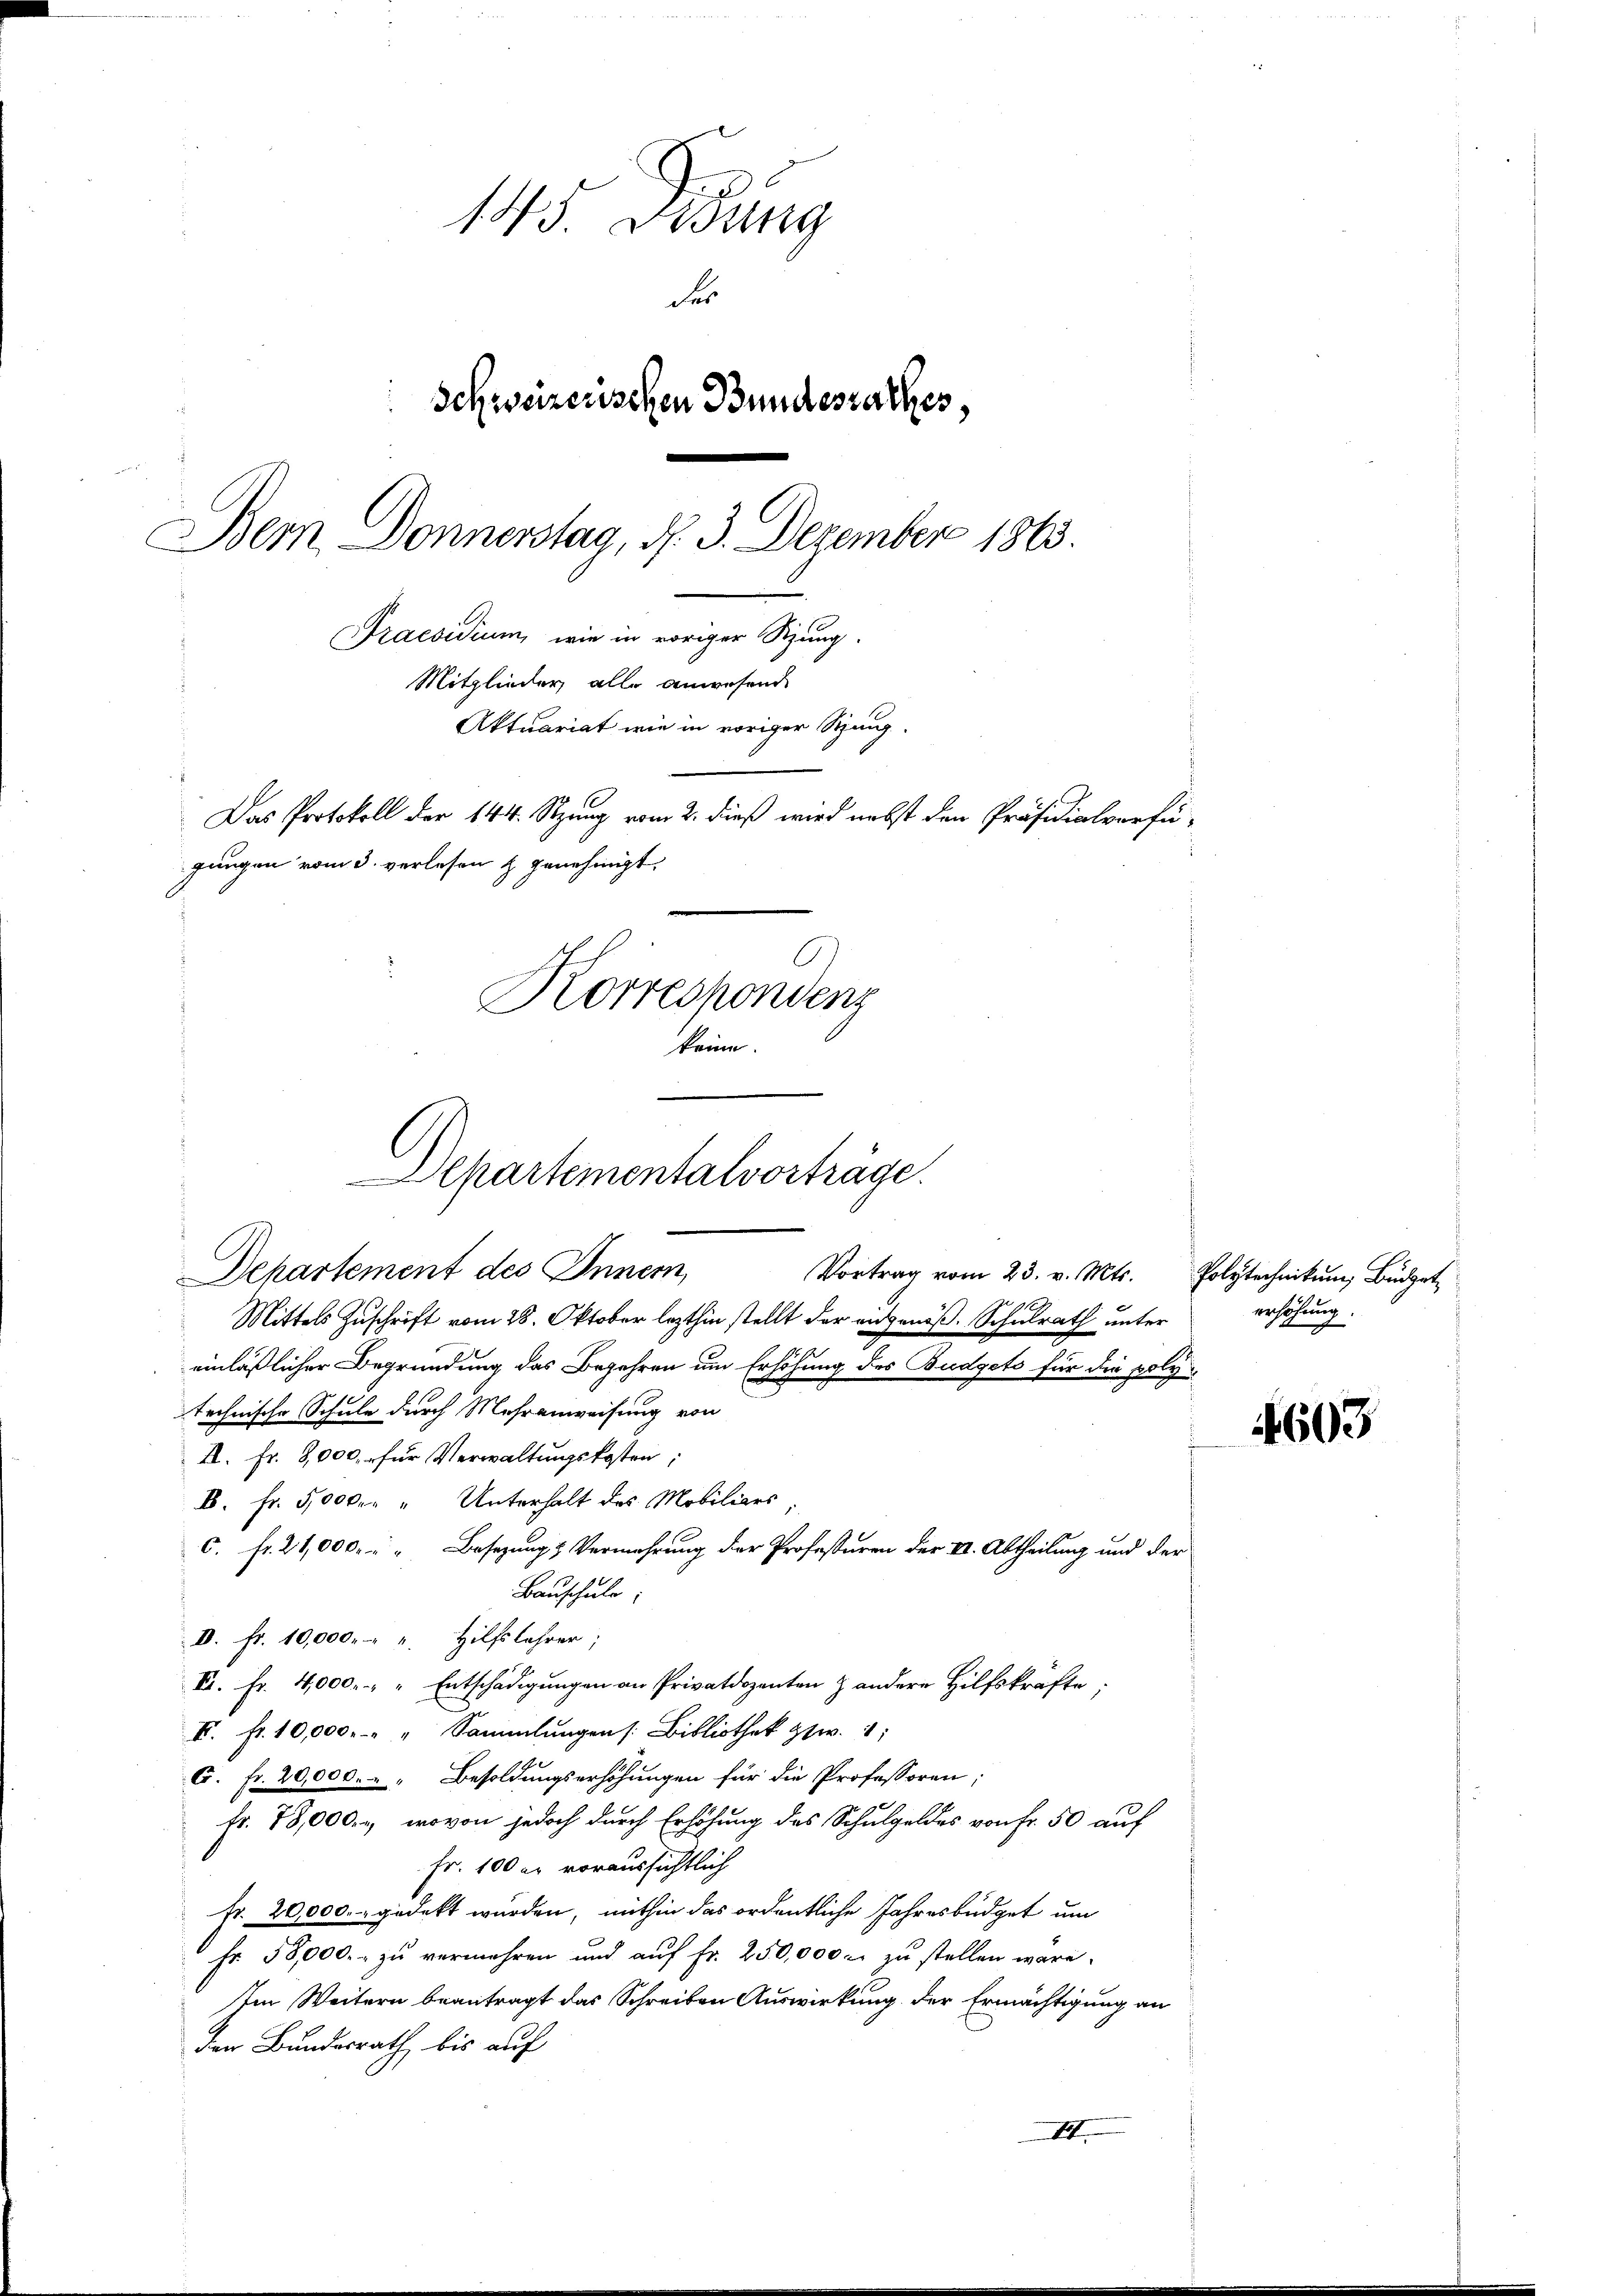
15. Jung
des
Schweizerischen Bundesrathes
Praesidium, wie in voriger Sitzung.
Mitglieder alle anwesend
Aktuariat wie in voriger Sitzung
Das Protokoll der 144. Stzung vom 2. dieß wird nebst den Präsidialverfügungen vom 3. verlesen & genehmigt.
O
Korrespondenz
keine.

Bern Donnerstag, d. 3. Dezember 1863.

Departementalverträge.

Departement des Inner,
Vortrag vom 23. v. Mts. Polytechnikum, Budget¬
Mittels Zuschrift vom 28. Oktober lezthin stellt der angenöß. Schulrath unter
einläßlicher Begründung das Begehren um Erhöhung des Budgets für die polytechnische Schule durch Mehranweisung von
I. fr. 8,000. für Verwaltungskosten
B. Fr. 5000. Unterhalt des Mobiliars
c. fr. 21,000 " " Besetzung & Vermehrung der Professuren der VII. Abtheilung und der
Bauschule
d. fr. 10,000. - " Hilfslehrer;
VI. Fr. 4,000. " " Entschädigungen an Privatdozenten & andere Hilfskräfte;
I. fr. 10,000. " " Sammlungen /: Bibliothek zzw. 1;
G. fr. 20,000. - " Besoldungserhöhungen für die Professoren;
fr. 78,000. - wovon jedoch durch Erhöhung des Schulgeldes von Fr. 50 auf
Fr. 100 er voraussichtlich
fr. 20,000.- gedekt wurden, mithin das ordentliche Jahresbüdget um
Fr. 58,000.- zu vermehren und auf fr. 250,000. zu stellen wäre.
Im Weitern beantragt das Schreiben Auswirkung der Ermächtigung an
der Bundesrath, bis auf
III.

ersehenen
7

4603